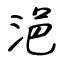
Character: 浥